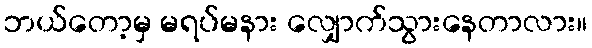
ဘယ်တော့မှ မရပ်မနား လျှောက်သွားနေတာလား။